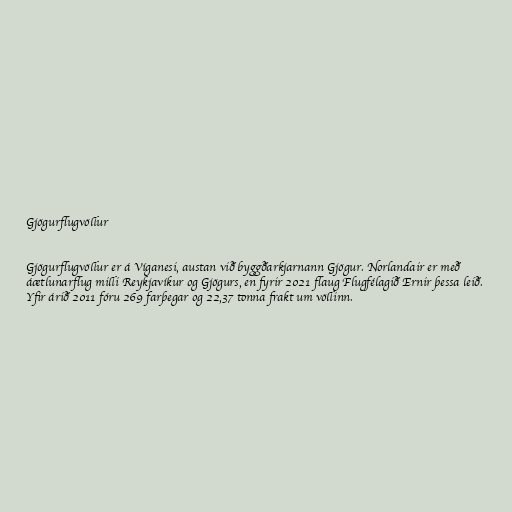
Gjögurflugvöllur

Gjögurflugvöllur er á Víganesi, austan við byggðarkjarnann Gjögur. Norlandair er með
áætlunarflug milli Reykjavíkur og Gjögurs, en fyrir 2021 flaug Flugfélagið Ernir þessa leið.
Yfir árið 2011 fóru 269 farþegar og 22,37 tonna frakt um völlinn.